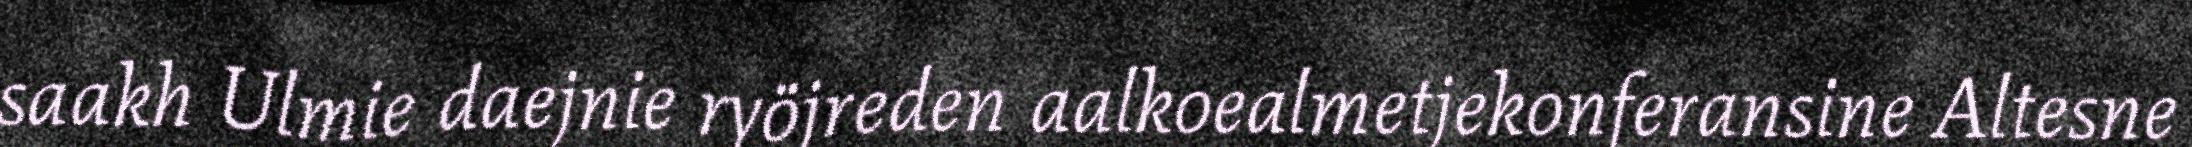
saakh Ulmie daejnie ryöjreden aalkoealmetjekonferansine Altesne